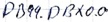
Text: DB99.DBX0.0